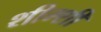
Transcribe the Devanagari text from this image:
शीम्शी